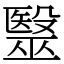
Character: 毉